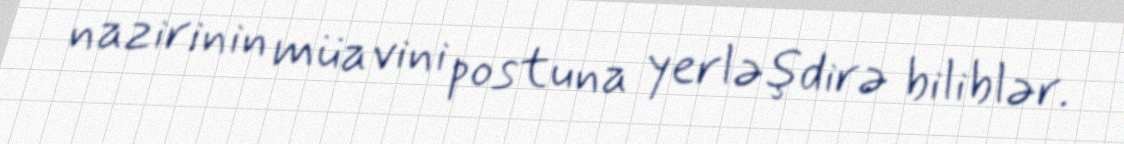
nazirinin müavini postuna yerləşdirə biliblər.